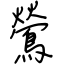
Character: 鶯